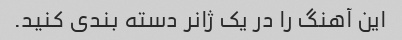
این آهنگ را در یک ژانر دسته بندی کنید.